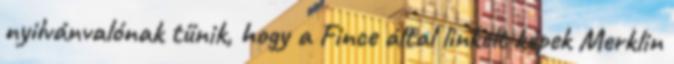
nyilvánvalónak tűnik, hogy a Fince által linkelt képek Merklin